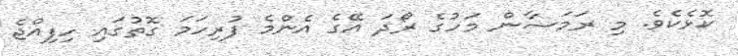
ކޮޅެކެވެ. މި ރަމަޟާން މަހުގެ ރޯދަ އޭގެ އެންމެ ފުރިހަމަ ގޮތުގައި ހިފިއްޖެ